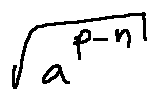
\sqrt { a ^ { p - n } }